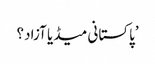
’پاکستانی میڈیا آزاد؟